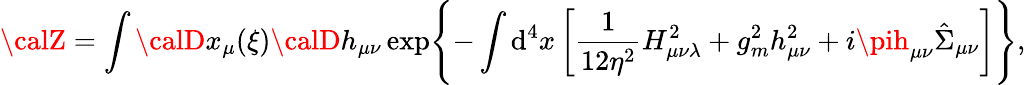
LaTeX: {\calZ}=\int{\calD}x_{\mu}(\xi){\calD}h_{\mu\nu}\exp\Biggl\{ -\int\mathrm{d}^{4}x\left[\frac{1}{{12\eta^{2}}}H_{\mu\nu\lambda}^{2}+g_{m}^{2}h_{\mu\nu}^{2}+i\pih_{\mu\nu}\hat{{\Sigma}}_{\mu\nu}\right]\Biggr\} ,